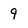
Character: 9